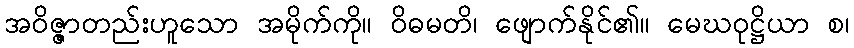
အဝိဇ္ဇာတည်းဟူသော အမိုက်ကို။ ဝိဓမတိ၊ ဖျောက်နိုင်၏။ မေဃဝုဋ္ဌိယာ စ၊